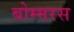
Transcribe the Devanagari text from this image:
बोम्मरस